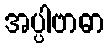
အပ္ပါဗာဓာ